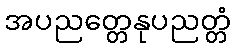
အပညတ္တေနုပညတ္တံ